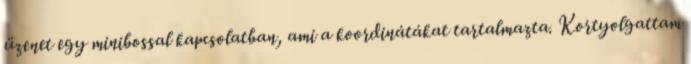
üzenet egy minibossal kapcsolatban, ami a koordinátákat tartalmazta. Kortyolgattam